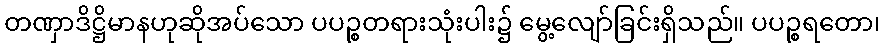
တဏှာဒိဋ္ဌိမာနဟုဆိုအပ်သော ပပဉ္စတရားသုံးပါး၌ မွေ့လျော်ခြင်းရှိသည်။ ပပဉ္စရတော၊